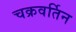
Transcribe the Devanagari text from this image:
चक्रवर्तिन